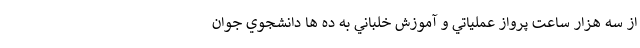
از سه هزار ساعت پرواز عملياتي و آموزش خلباني به ده ها دانشجوي جوان